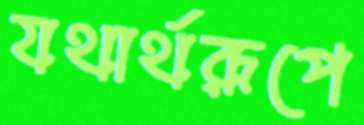
যথার্থরূপে